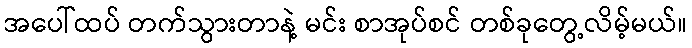
အပေါ်ထပ် တက်သွားတာနဲ့ မင်း စာအုပ်စင် တစ်ခုတွေ့လိမ့်မယ်။